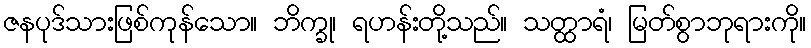
ဇနပုဒ်သားဖြစ်ကုန်သော။ ဘိက္ခု၊ ရဟန်းတို့သည်။ သတ္ထာရံ၊ မြတ်စွာဘုရားကို။